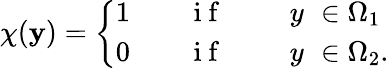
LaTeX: \chi(\mathbf{y})=\left\{ \begin{array}{ll}{1\qquad\mathrm{~i~f~}\qquad\ {y}\, \, \in\Omega_{1}}\\ {0\qquad\mathrm{~i~f~}\qquad\ {y}\, \, \in\Omega_{2}.}\end{array}\right.